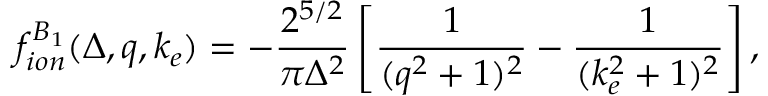
f _ { i o n } ^ { B _ { 1 } } ( \Delta , q , k _ { e } ) = - \frac { 2 ^ { 5 / 2 } } { \pi \Delta ^ { 2 } } \left[ \frac { 1 } { ( q ^ { 2 } + 1 ) ^ { 2 } } - \frac { 1 } { ( k _ { e } ^ { 2 } + 1 ) ^ { 2 } } \right] ,